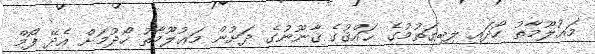
މަޢުލޫމާތު ހޯދައި ލިބިގަތުމުގެ ޙައްޤުގެ ޤާނޫނުގެ ދަށުން މަޢުލޫމާތު ހޯދުމަށް އެދޭ ފޯމް